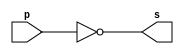
// ------------------------- 
// Exemplo0002 - NOT 
// Nome: Michelle da Costa Silva
// ------------------------- 

// ------------------------- 
// -- not gate 
// ------------------------- 

        module notgate (output s, input p); 
            assign s = ~p; 
        endmodule // notgate 

// ------------------------- 
// -- test not gate 
// ------------------------- 
 
        module testnotgate; 

// ------------------------- dados locais 
    
	     reg a; // definir registrador 
               // (variavel independente) 
        wire s; // definir conexao (fio) 
                // (variavel dependente ) 

// ------------------------- instancia 
        
		  notgate NOT1 (s, a); 

// ------------------------- preparacao 
        
		  initial begin:start 
           a=0; // valor inicial 
        end 

// ------------------------- parte principal 
 
    initial begin 
         $display("Exemplo0002 - Michelle da Costa Silva - 427448"); 
         $display("Test NOT gate"); 
         $display("\n~a = s\n"); 
           a=0; 
      #1 $display("~%b = %b", a, s); 
           a=1; 
      #1 $display("~%b = %b", a, s); 
    end 
  endmodule // testnotgate